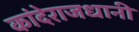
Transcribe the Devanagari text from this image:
कांदेराजधानी